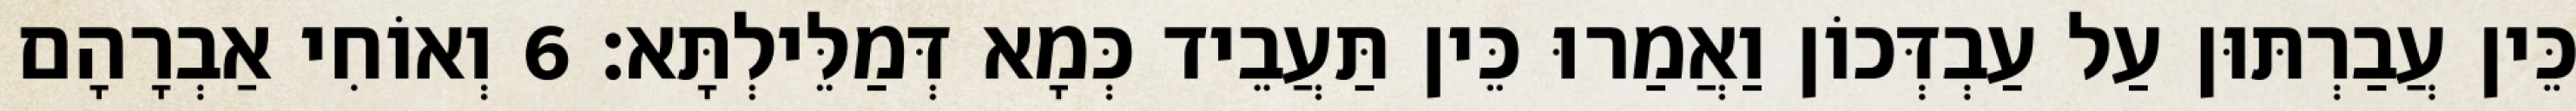
כֵּין עֲבַרְתּוּן עַל עַבְדְּכוֹן וַאֲמַרוּ כֵּין תַּעֲבֵיד כְּמָא דְּמַלֵּילְתָּא׃ 6 וְאוֹחִי אַבְרָהָם